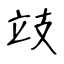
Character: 攱